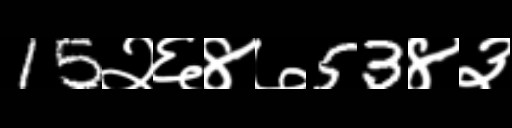
Text: 15२६४७53४३